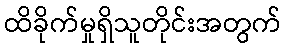
ထိခိုက်မှုရှိသူတိုင်းအတွက်